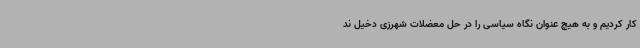
کار کردیم و به هیچ عنوان نگاه سیاسی را در حل معضلات شهرزی دخیل ند